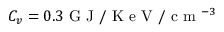
C _ { v } = 0 . 3 \mathrm { ~ G ~ J ~ } / \mathrm { ~ K ~ e ~ V ~ } / \mathrm { ~ c ~ m ~ } ^ { - 3 }